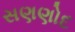
સણણોદ